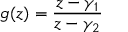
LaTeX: g ( z ) = { \frac { z - \gamma _ { 1 } } { z - \gamma _ { 2 } } }